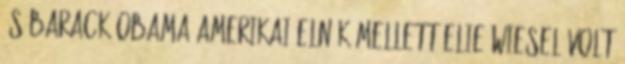
és Barack Obama amerikai elnök mellett Elie Wiesel volt